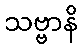
သဗ္ဗာနိ